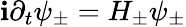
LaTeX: \mathbf{i}\partial_{t}{\psi_{\pm}}=H_{\pm}\psi_{\pm}